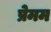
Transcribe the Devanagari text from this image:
प्रेमम